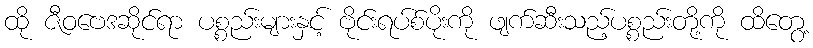
ထို ဇီဝဗေဒဆိုင်ရာ ပစ္စည်းများနှင့် ဗိုင်းရပ်စ်ပိုးကို ဖျက်ဆီးသည့်ပစ္စည်းတို့ကို ထိတွေ့